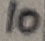
Text: 10